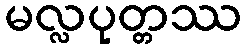
မလ္လပုတ္တဿ